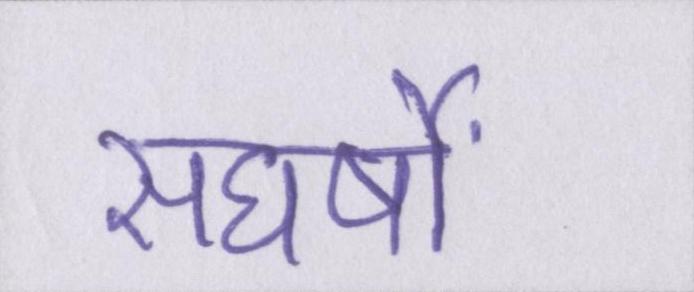
संघर्षों